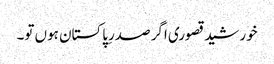
خورشید قصوری اگر صدرِپاکستان ہوں تو۔